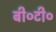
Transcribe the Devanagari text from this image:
बी०टी०